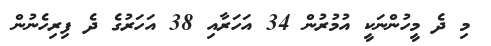
މި ދެ މީހުންނަކީ އުމުރުން 34 އަހަރާއި 38 އަހަރުގެ ދެ ފިރިހެނުން